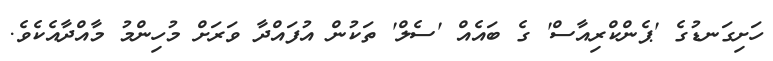
ހަށިގަނޑުގެ 'ޕެންކްރިއާސް' ގެ ބައެއް 'ސެލް' ތަކުން އުފައްދާ ވަރަށް މުހިންމު މާއްދާއެކެވެ.